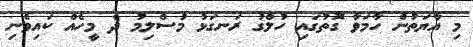
މި އާޔަތުން ހާމަވާ ގޮތުގައި ހުލްގު ރަނގަޅު މުސްލިމު ދެ މީހެއް ކައިވެނި